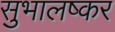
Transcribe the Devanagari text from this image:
सुभालष्कर